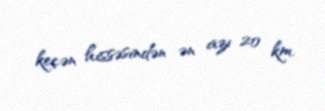
keçən hissəsindən ən azı 20 km.